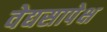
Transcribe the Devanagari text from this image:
वेद्यसापेक्ष